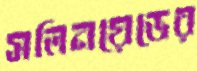
সলিনয়েডের